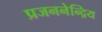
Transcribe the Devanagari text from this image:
प्रजननेन्द्रिय